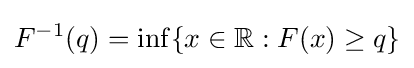
F^{-1}(q)={\rm {inf}}\{x\in \mathbb {R} :F(x)\geq q\}